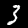
Digit: 3